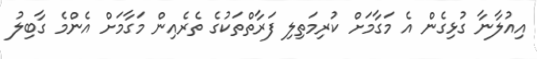
އިއުލާނާ ގުޅިގެން އެ މަގާމަށް ކުރިމަތިލި ފަރާތްތަކުގެ ތެރެއިން މަގާމަށް އެންމެ ގާބިލު